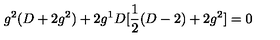
g ^ { 2 } ( D + 2 g ^ { 2 } ) + 2 g ^ { 1 } D [ \frac { 1 } { 2 } ( D - 2 ) + 2 g ^ { 2 } ] = 0